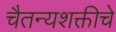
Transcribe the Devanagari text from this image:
चैतन्यशक्तीचे